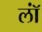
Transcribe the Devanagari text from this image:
लॉं